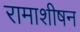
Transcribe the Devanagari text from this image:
रामाशीषन